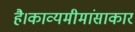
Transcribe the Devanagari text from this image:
है।काव्यमीमांसाकार